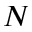
N